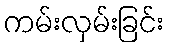
ကမ်းလှမ်းခြင်း